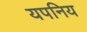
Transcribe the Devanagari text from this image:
यपनिय